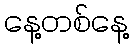
နေ့တစ်နေ့